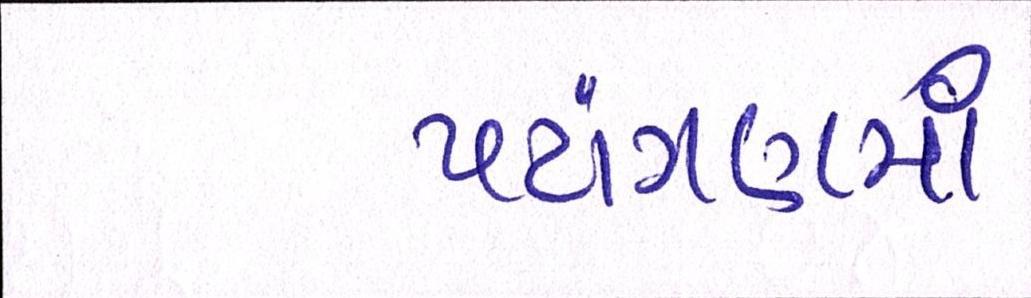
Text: પટાંગણમાં